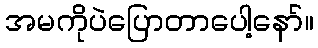
အမကိုပဲပြောတာပေါ့နော်။